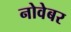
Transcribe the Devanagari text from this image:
नोवेबर